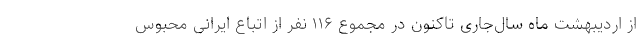
از اردیبهشت ماه سال‌جاری تاکنون در مجموع ۱۱۶ نفر از اتباع ایرانی محبوس